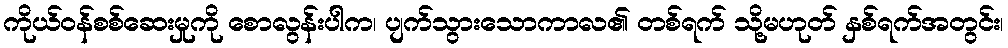
ကိုယ်ဝန်စစ်ဆေးမှုကို စောလွန်းပါက၊ ပျက်သွားသောကာလ၏ တစ်ရက် သို့မဟုတ် နှစ်ရက်အတွင်း၊